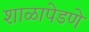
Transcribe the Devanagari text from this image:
शाळापेडणे